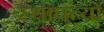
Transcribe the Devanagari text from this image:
स्थापत्यों